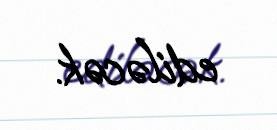
ediləcək.